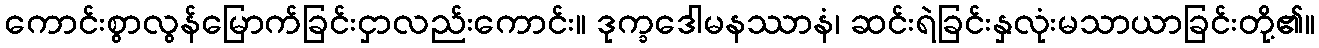
ကောင်းစွာလွန်မြောက်ခြင်းငှာလည်းကောင်း။ ဒုက္ခဒေါမနဿာနံ၊ ဆင်းရဲခြင်းနှလုံးမသာယာခြင်းတို့၏။